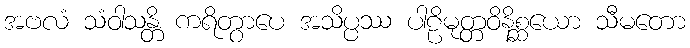
အဗလံ သံဝါသန္တိ ကရိတွာပေ အသိပ္ပဿ ပါဠိမုတ္တဝိနိစ္ဆယော သီမတော